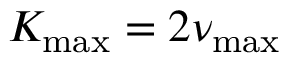
K _ { \operatorname* { m a x } } = 2 \nu _ { \operatorname* { m a x } }